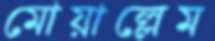
মোয়াল্লেম